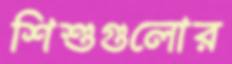
শিশুগুলোর